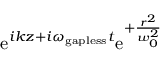
\mathrm { e } ^ { i k z + i \omega _ { \mathrm { g a p l e s s } } t } \mathrm { e } ^ { + \frac { r ^ { 2 } } { w _ { 0 } ^ { 2 } } }